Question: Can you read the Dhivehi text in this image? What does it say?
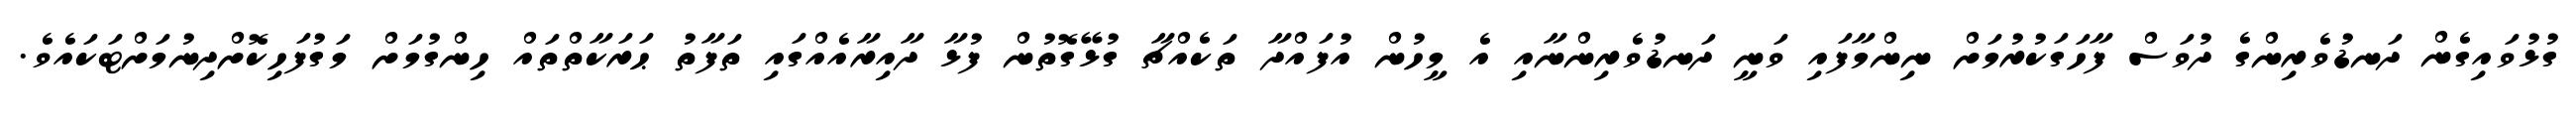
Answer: ގުޅުވައިގެން ދަނޑުވެރިންގެ ދުވަސް ފާހަގަކުރުމަށް ނިންމާފައި ވަނީ ދަނޑުވެރިންނާއި އެ މީހުން އުފައްދާ ތަކެއްޗާ ގުޅޭގޮތުން ފުޅާ ދާއިރާއެއްގައި ތަފާތު ޙަރަކާތްތައް ހިންގުމަށް މަގުފަހިކޮށްދިނުމަށްޓަކައެވެ.